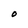
Character: O